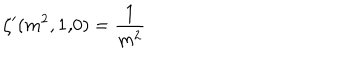
LaTeX: \zeta ^ { \prime } ( m ^ { 2 } , 1 { \bf , } 0 ) = \frac { 1 } { m ^ { 2 } }